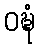
ဝဍ္ဎံ